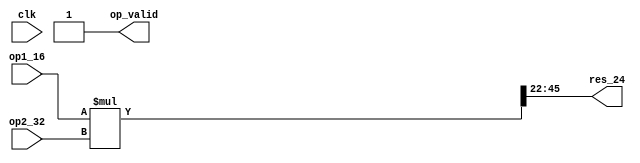
// is 32 to 24 even possible ??
module mult32_24(
res_24,
op_valid,
op1_16,
op2_32,
clk
);

parameter IP1WRDLEN = 16;
parameter IP2WRDLEN = 32;
parameter OPWRDLEN = 24;

input [IP1WRDLEN-1:0] op1_16;
input [IP2WRDLEN-1:0] op2_32;
input clk;

output [OPWRDLEN-1:0] res_24;
output op_valid;

//wire [OPWRDLEN-1:0] res_24;
wire [IP1WRDLEN+IP2WRDLEN-1:0] res_t;

// making use of leading 1 i.e ignoring 1.xxxxxx
assign res_t = op1_16*op2_32;
assign res_24 = res_t[45:22];
assign op_valid = 1;
//$display("res_t %b res_24 %b ",res_t,res_24);

endmodule